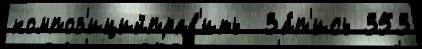
композ'ицийправ'ить  За́п'ись 353